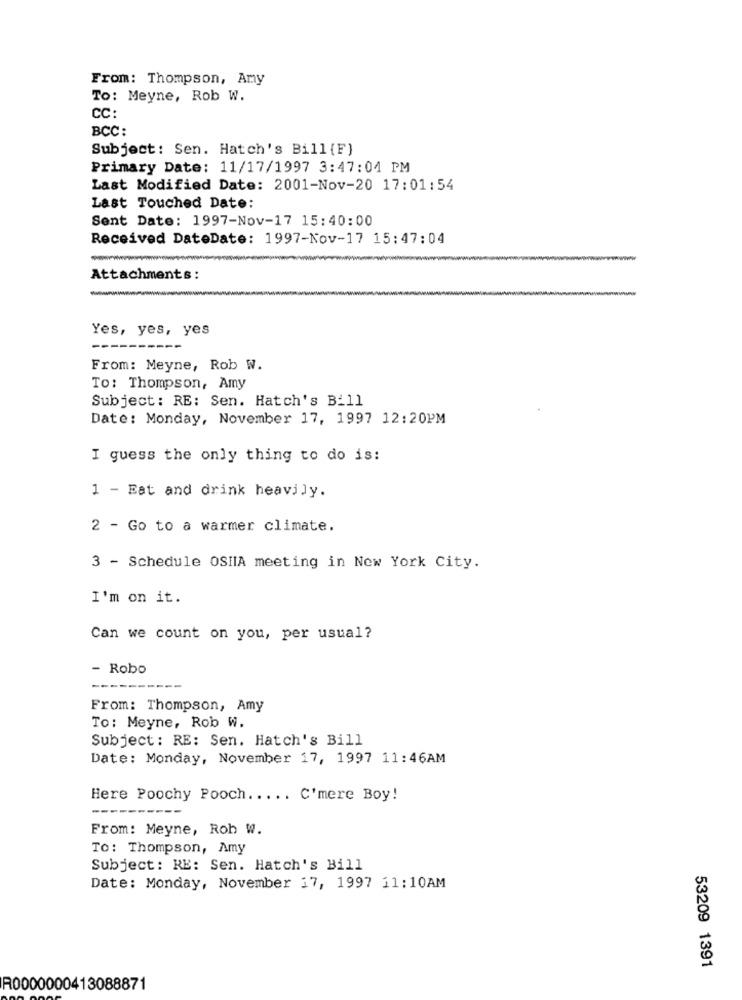
From: Thompson, Amy
To: Meyne, Rob W.
CC:
BCC:
Subject: Sen. Hatch's Bill{F)
Primary Date: 11/17/1997 3:47:04 PM
Last Modified Date: 2001-Nov-20 17:01:54
Last Touched Date:
Sent Date: 1997-Nov-17 15:40:00
Received DateDate: 1997-Nov-17 15:47:04
Attachments :
-
Yes, yes, yes
From: Meyne, Rob W.
To: Thompson, Amy
Subject: RE: Sen. Hatch's Bill
Date: Monday, November 17, 1997 12:20PM
I guess the only thing to do is:
1 - Eat and drink heavily.
2 - Go to a warmer climate.
3 - Schedule OSHIA meeting in New York City.
I'm on it.
Can we count on you, per usual?
- Robo
From: Thompson, Amy
To: Meyne, Rob W.
Subject: RE: Sen. Hatch's Bill
Date: Monday, November 17, 1997 11:46AM
Here Poochy Pooch ..... C'mere Boy!
From: Meyne, Rob W.
To: Thompson, Amy
Subject: RE: Sen. Hatch's Bill
Date: Monday, November 17, 1997 11:10AM
53209 1391
R0000000413088871